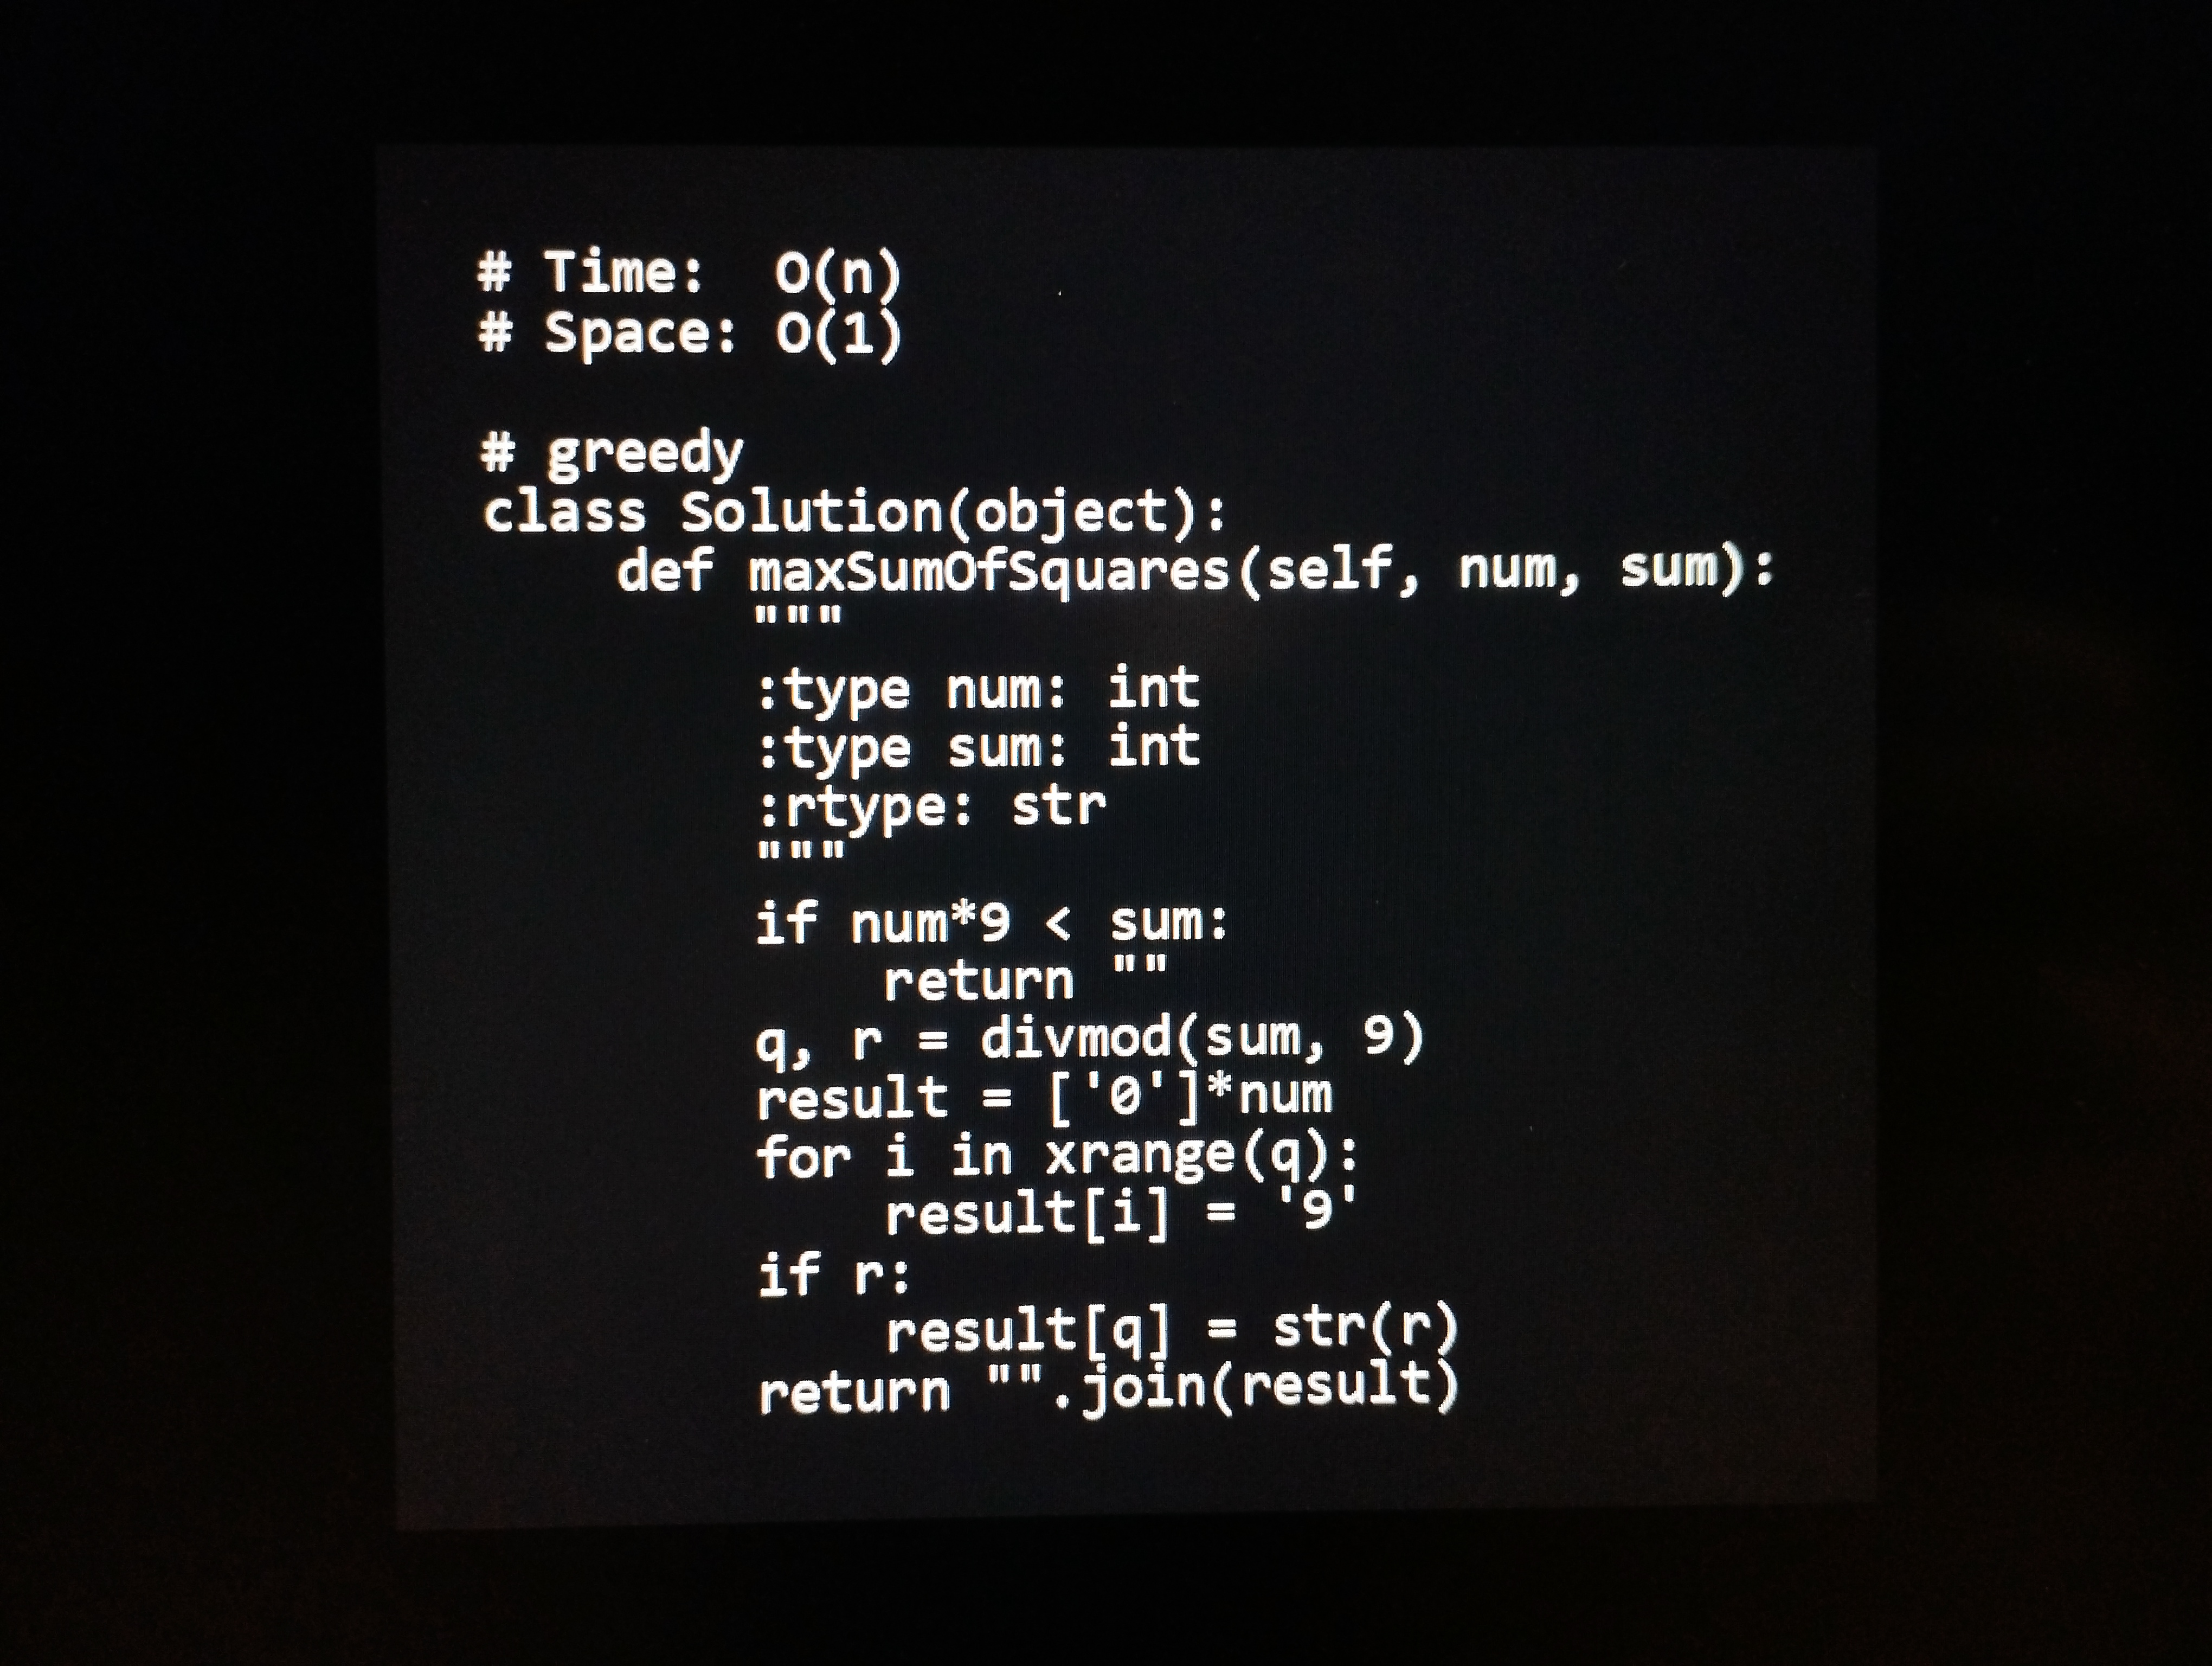
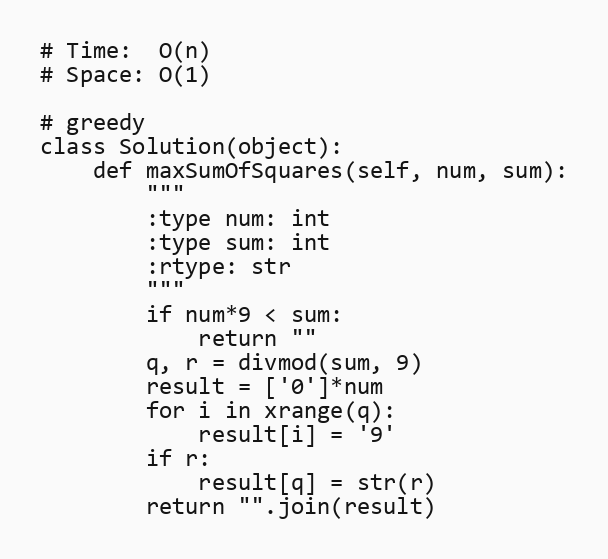
# Time:  O(n)
# Space: O(1)

# greedy
class Solution(object):
    def maxSumOfSquares(self, num, sum):
        """
        :type num: int
        :type sum: int
        :rtype: str
        """
        if num*9 < sum:
            return ""
        q, r = divmod(sum, 9)
        result = ['0']*num
        for i in xrange(q):
            result[i] = '9'
        if r:
            result[q] = str(r)
        return "".join(result)